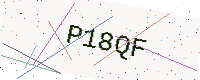
Text: P18QF